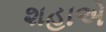
શહાએ